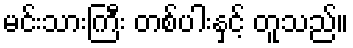
မင်းသားကြီး တစ်ပါးနှင့် တူသည်။